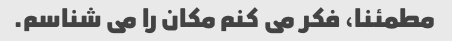
مطمئنا، فکر می کنم مکان را می شناسم.